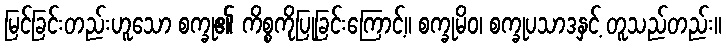
မြင်ခြင်းတည်းဟူသော စက္ခု၏ ကိစ္စကိုပြုခြင်းကြောင့်။ စက္ခုမိဝ၊ စက္ခုပသာဒနှင့် တူသည်တည်း။